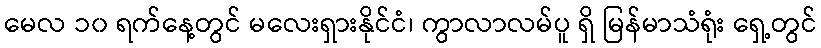
မေလ ၁၀ ရက်နေ့တွင် မလေးရှားနိုင်ငံ၊ ကွာလာလမ်ပူ ရှိ မြန်မာသံရုံး ရှေ့တွင်